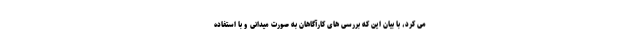
می کرد، با بیان این که بررسی های کارآگاهان به صورت میدانی و با استفاده